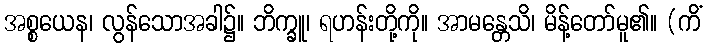
အစ္စယေန၊ လွန်သောအခါ၌။ ဘိက္ခူ၊ ရဟန်းတို့ကို။ အာမန္တေသိ၊ မိန့်တော်မူ၏။ (ကိံ